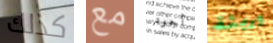
كذلك مع أجود وريثة